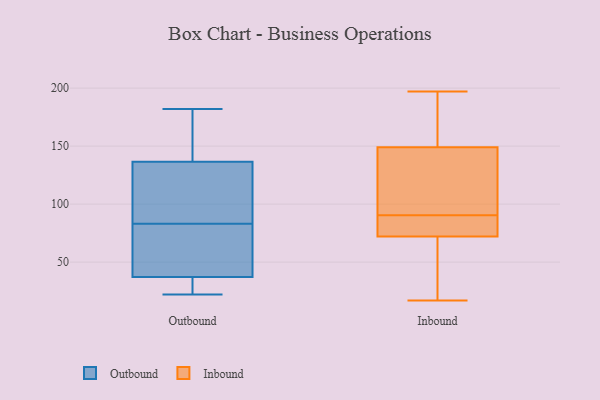
{"axis": {"x": "Satisfaction Score", "y": "Value"}, "legend": ["Inbound", "Outbound"], "data": [{"x": "", "y": 182, "type": "Outbound"}, {"x": "", "y": 137, "type": "Outbound"}, {"x": "", "y": 97, "type": "Outbound"}, {"x": "", "y": 41, "type": "Outbound"}, {"x": "", "y": 22, "type": "Outbound"}, {"x": "", "y": 67, "type": "Outbound"}, {"x": "", "y": 135, "type": "Outbound"}, {"x": "", "y": 97, "type": "Outbound"}, {"x": "", "y": 152, "type": "Outbound"}, {"x": "", "y": 42, "type": "Outbound"}, {"x": "", "y": 83, "type": "Outbound"}, {"x": "", "y": 142, "type": "Outbound"}, {"x": "", "y": 28, "type": "Outbound"}, {"x": "", "y": 33, "type": "Outbound"}, {"x": "", "y": 36, "type": "Outbound"}, {"x": "", "y": 73, "type": "Inbound"}, {"x": "", "y": 21, "type": "Inbound"}, {"x": "", "y": 185, "type": "Inbound"}, {"x": "", "y": 47, "type": "Inbound"}, {"x": "", "y": 78, "type": "Inbound"}, {"x": "", "y": 138, "type": "Inbound"}, {"x": "", "y": 72, "type": "Inbound"}, {"x": "", "y": 173, "type": "Inbound"}, {"x": "", "y": 149, "type": "Inbound"}, {"x": "", "y": 77, "type": "Inbound"}, {"x": "", "y": 111, "type": "Inbound"}, {"x": "", "y": 17, "type": "Inbound"}, {"x": "", "y": 103, "type": "Inbound"}, {"x": "", "y": 197, "type": "Inbound"}]}